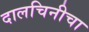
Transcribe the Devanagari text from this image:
दालचिनीचा